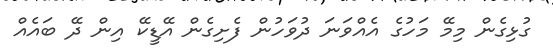
ގުޅިގެން މިމޭ މަހުގެ އެއްވަނަ ދުވަހުން ފެށިގެން އޭޑީކޭ އިން ދޭ ބައެއް